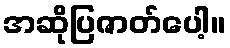
အဆိုပြဇာတ်ပေါ့။